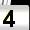
Digit: 4